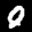
Label: 0